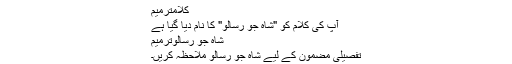
کلامترميم
آپ کی کلام کو "شاہ جو رسالو" کا نام دیا گیا ہے
شاہ جو رسالوترميم
تفصیلی مضمون کے لیے شاہ جو رسالو ملاحظہ کریں۔